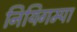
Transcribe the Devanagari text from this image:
नियिगम्‍पा